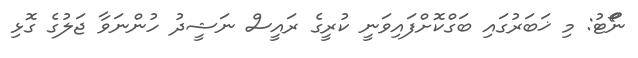
ނޯޯޓު: މި ޚަބަރުގައި ބަގްކޮށްފައިވަނީ ކުރީގެ ރައީސް ނަޝީދު ހުންނަވާ ޖަލުގެ ގޮޅި